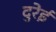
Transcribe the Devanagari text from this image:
दुरेई